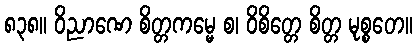
၈၃၈။ ဝိညာဏေ စိတ္တကမ္မေ စ၊ ဝိစိတ္တေ စိတ္တ မုစ္စတေ။